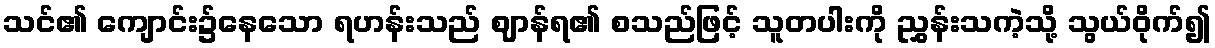
သင်၏ ကျောင်း၌နေသော ရဟန်းသည် ဈာန်ရ၏ စသည်ဖြင့် သူတပါးကို ညွှန်းသကဲ့သို့ သွယ်ဝိုက်၍